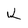
Character: k